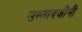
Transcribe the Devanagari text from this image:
उस्तादजींनी